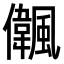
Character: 𠑒